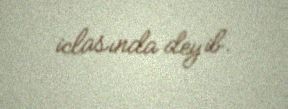
iclasında deyib.